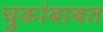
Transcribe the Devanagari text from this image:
चुकांबाबत